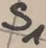
Text: S1